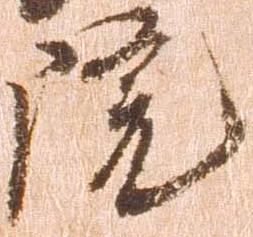
院